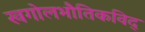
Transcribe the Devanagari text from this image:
खगोलभौतिकविद्